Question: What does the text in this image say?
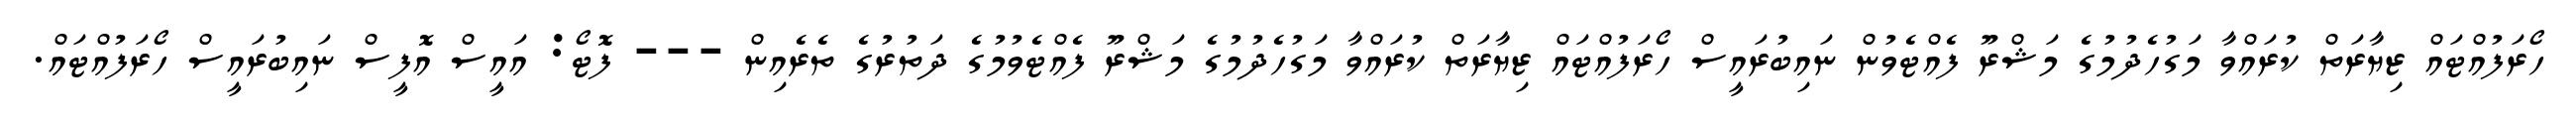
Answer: ހޯރަފުއްޓައް ޒިޔާރަތް ކުރައްވާ މަގުހެދުމުގެ މަޝްރޫ ފެއްޓެވުން ނައިބުރައީސް ހޯރަފުއްޓައް ޒިޔާރަތް ކުރައްވާ މަގުހެދުމުގެ މަޝްރޫ ފެއްޓެވުމުގެ ދަތުރުގެ ތެރެއިން --- ފޮޓޯ: އައީސް އޮފީސް ނައިބުރައީސް ހޯރަފުއްޓައް.